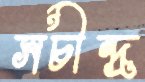
সচীন্দ্র